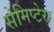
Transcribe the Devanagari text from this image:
सेमिप्टेरा